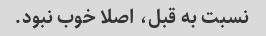
نسبت به قبل، اصلا خوب نبود.